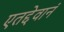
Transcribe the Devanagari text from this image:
एतद्देवानं